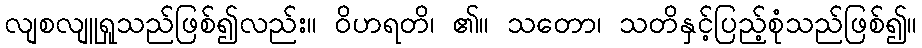
လျစလျူရှုသည်ဖြစ်၍လည်း။ ဝိဟရတိ၊ ၏။ သတော၊ သတိနှင့်ပြည့်စုံသည်ဖြစ်၍။